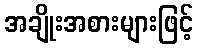
အချိုးအစားများဖြင့်